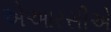
એઆરસીએ